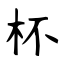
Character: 杯